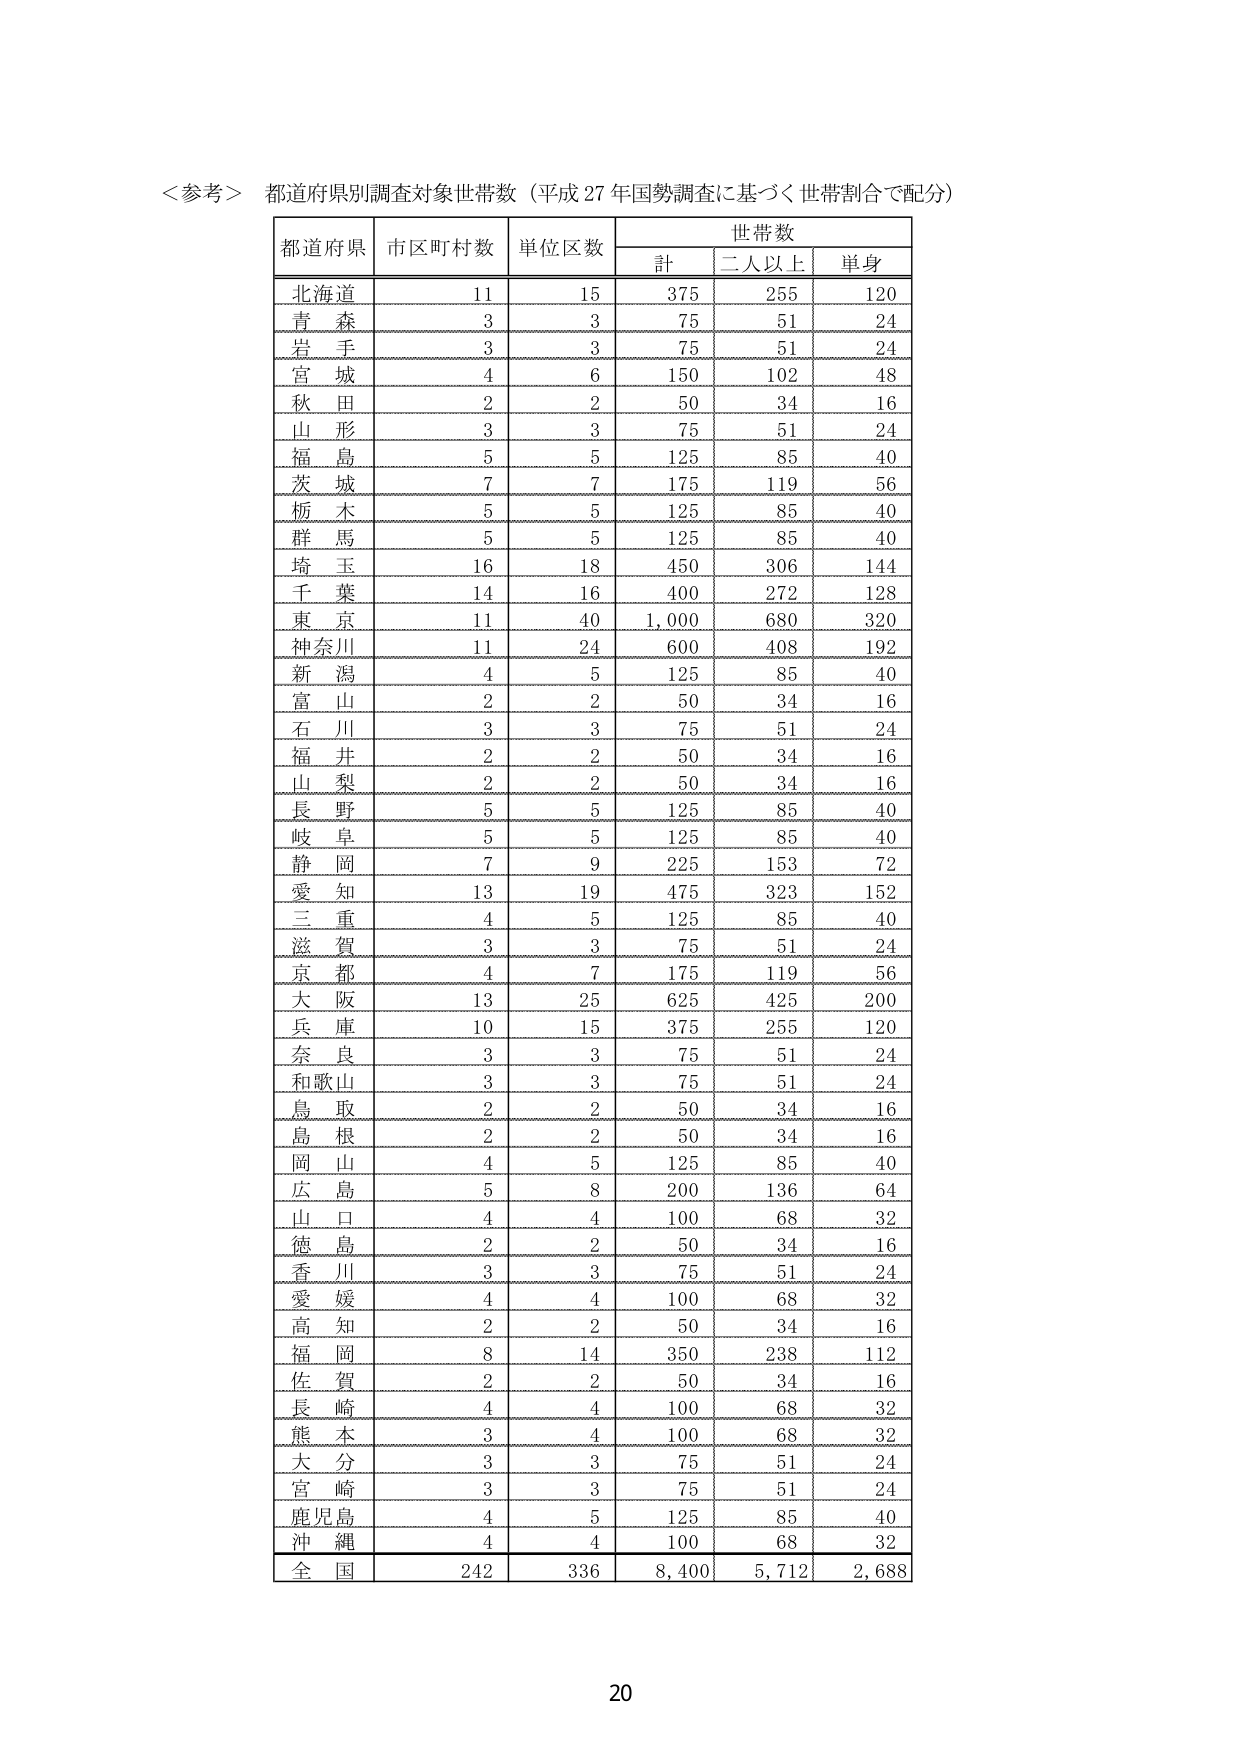
＜参考＞ 都道府県別調査対象世帯数（平成27年国勢調査に基づく世帯割合で配分）

都道府県　市区町村数　単位区数　世帯数
　　　　　　　　　　　　　　計　二人以上　単身

北海道　　11　　15　　375　　255　　120
青森　　3　　3　　75　　51　　24
岩手　　3　　3　　75　　51　　24
宮城　　4　　6　　150　　102　　48
秋田　　2　　2　　50　　34　　16
山形　　3　　3　　75　　51　　24
福島　　5　　5　　125　　85　　40
茨城　　7　　7　　175　　119　　56
栃木　　5　　5　　125　　85　　40
群馬　　5　　5　　125　　85　　40
埼玉　　16　　18　　450　　306　　144
千葉　　14　　16　　400　　272　　128
東京　　11　　40　　1,000　　680　　320
神奈川　　11　　24　　600　　408　　192
新潟　　4　　5　　125　　85　　40
富山　　2　　2　　50　　34　　16
石川　　3　　3　　75　　51　　24
福井　　2　　2　　50　　34　　16
山梨　　2　　2　　50　　34　　16
長野　　5　　5　　125　　85　　40
岐阜　　5　　5　　125　　85　　40
静岡　　7　　9　　225　　153　　72
愛知　　13　　19　　475　　323　　152
三重　　4　　5　　125　　85　　40
滋賀　　3　　3　　75　　51　　24
京都　　4　　7　　175　　119　　56
大阪　　13　　25　　625　　425　　200
兵庫　　10　　15　　375　　255　　120
奈良　　3　　3　　75　　51　　24
和歌山　　3　　3　　75　　51　　24
鳥取　　2　　2　　50　　34　　16
島根　　2　　2　　50　　34　　16
岡山　　4　　5　　125　　85　　40
広島　　5　　8　　200　　136　　64
山口　　4　　4　　100　　68　　32
徳島　　2　　2　　50　　34　　16
香川　　3　　3　　75　　51　　24
愛媛　　4　　4　　100　　68　　32
高知　　2　　2　　50　　34　　16
福岡　　8　　14　　350　　238　　112
佐賀　　2　　2　　50　　34　　16
長崎　　4　　4　　100　　68　　32
熊本　　3　　4　　100　　68　　32
大分　　3　　3　　75　　51　　24
宮崎　　3　　3　　75　　51　　24
鹿児島　　4　　5　　125　　85　　40
沖縄　　4　　4　　100　　68　　32

全国　　242　　336　　8,400　　5,712　　2,688

20